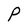
Character: P